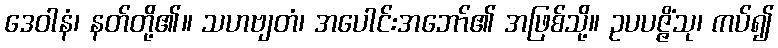
ဒေဝါနံ၊ နတ်တို့၏။ သဟဗျတံ၊ အပေါင်းအဘော်၏ အဖြစ်သို့။ ဥပပဇ္ဇိံသု၊ ကပ်၍